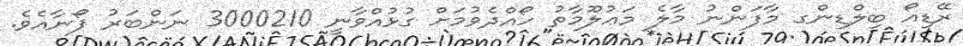
ރޭޑިއޯ ބިލްޑިންގ މާފަންނު މާލެ މަޢުލޫމާތު ހޯއްދެވުމަށް ގުޅުއްވާނީ 3000210 ނަންބަރު ފޯނާއެވެ.